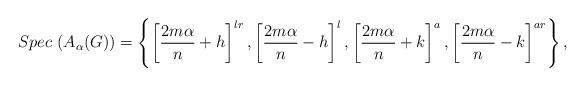
LaTeX: \begin{align*}Spec~(A_\alpha(G))=\left\{\left[\frac{2m\alpha}{n}+h\right]^{lr}, \left[\frac{2m\alpha}{n}-h\right]^{l}, \left[\frac{2m\alpha}{n}+k\right]^{a}, \left[\frac{2m\alpha}{n}-k\right]^{ar} \right\},\end{align*}